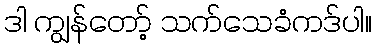
ဒါ ကျွန်တော့် သက်သေခံကဒ်ပါ။